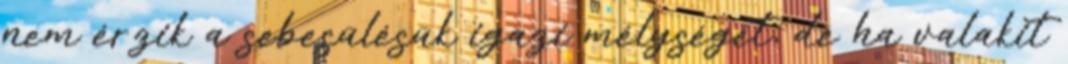
nem érzik a sebesülésük igazi mélységét, de ha valakit